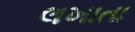
લખાતા